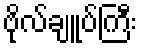
ဗိုလ်ချူပ်ကြီး